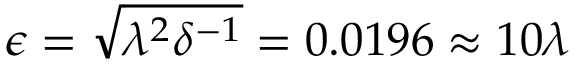
\epsilon = \sqrt { \lambda ^ { 2 } \delta ^ { - 1 } } = 0 . 0 1 9 6 \approx 1 0 \lambda